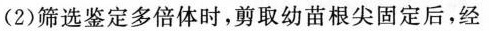
(2)筛选鉴定多倍体时，剪取幼苗根尖固定后，经